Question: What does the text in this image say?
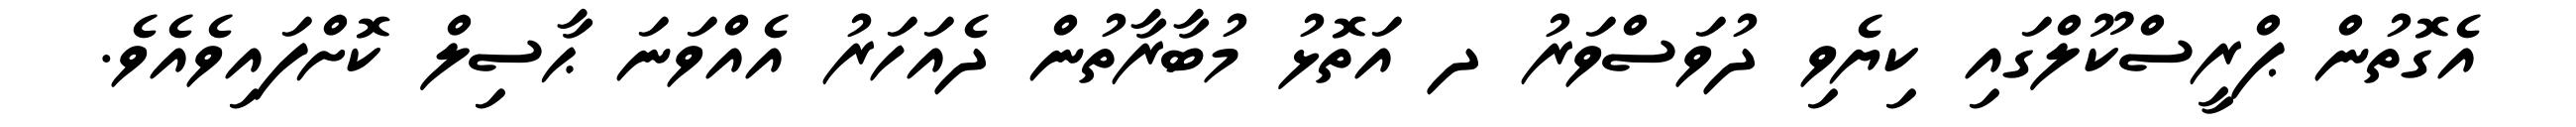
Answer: އެގޮތުން ޕްރީސްކޫލްގައި ކިޔެވި ދުވަސްވަރު ދ އަތޮޅު މުބާރާތުން ދެއަހަރު އެއްވަނަ ޙާސިލް ކޮށްފައިވެއެވެ.